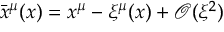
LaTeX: { \bar { x } } ^ { \mu } ( x ) = x ^ { \mu } - \xi ^ { \mu } ( x ) + \mathcal { O } ( \xi ^ { 2 } )